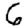
Digit: 6